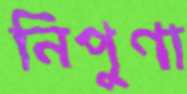
নিপুণা